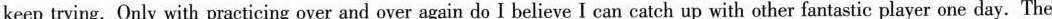
keep trying. Only with practicing over and over again do I believe I can catch up with other fantastic player one day. The